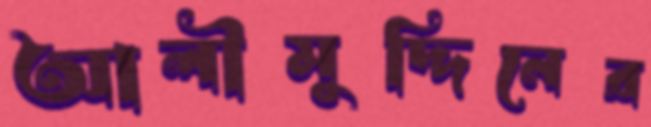
আলীমুদ্দিনের